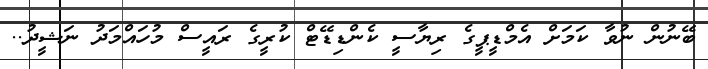
ބޭނުން ނުވާ ކަމަށް އެމްޑީޕީގެ ރިޔާސީ ކެންޑިޑޭޓް ކުރީގެ ރައީސް މުހައްމަދު ނަޝީދު..